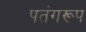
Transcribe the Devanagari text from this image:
पतंगरूप